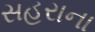
સહરાના